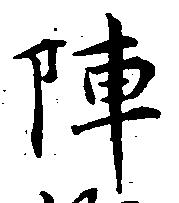
陣